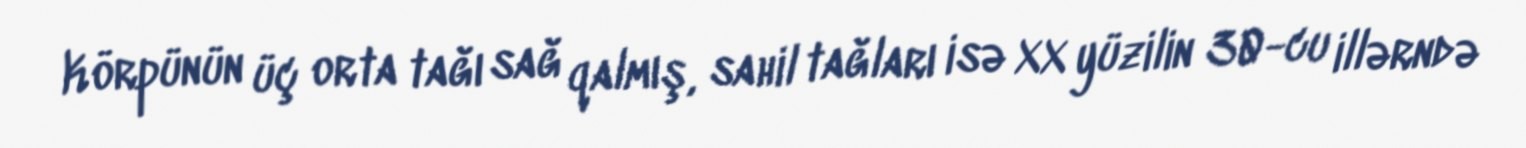
Körpünün üç orta tağı sağ qalmış, sahil tağları isə XX yüzilin 30-cu illərndə